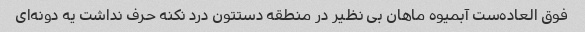
فوق العاده‌ست آبمیوه ماهان بی نظیر در منطقه دستتون درد نکنه حرف نداشت یه دونه‌ای